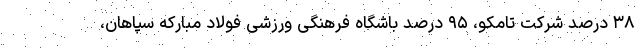
۳۸ درصد شرکت تامکو، ۹۵ درصد باشگاه فرهنگی ورزشی فولاد مبارکه سپاهان،